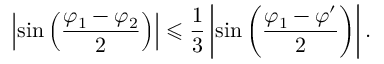
\left| \sin \left( \frac { \varphi _ { 1 } - \varphi _ { 2 } } { 2 } \right) \right| \leqslant \frac { 1 } { 3 } \left| \sin \left( \frac { \varphi _ { 1 } - \varphi ^ { \prime } } { 2 } \right) \right| .